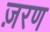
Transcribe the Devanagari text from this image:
ज़रण